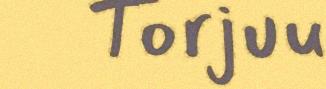
Torjuu